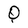
Character: O